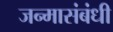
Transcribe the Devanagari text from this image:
जन्मासंबंधी